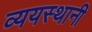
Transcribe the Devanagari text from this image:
व्ययस्थानी